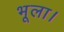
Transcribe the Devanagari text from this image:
भूला।